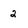
Character: 2